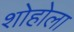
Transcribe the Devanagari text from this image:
शोहोला